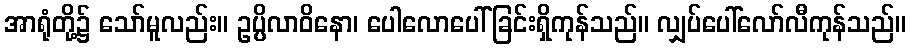
အာရုံတို့၌ သော်မူလည်း။ ဥပ္ပိလာဝိနော၊ ပေါလောပေါ်ခြင်းရှိကုန်သည်။ လျှပ်ပေါ်လော်လီကုန်သည်။